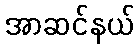
အာဆင်နယ်